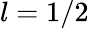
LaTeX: l=1/2